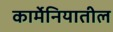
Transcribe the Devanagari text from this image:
कार्मेनियातील